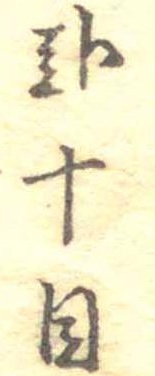
弐十目